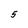
Character: 5